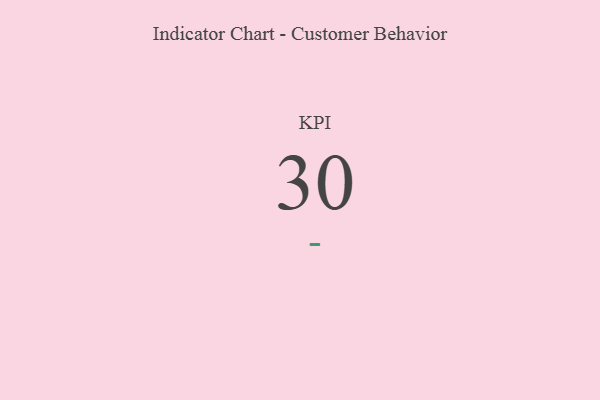
{"axis": {"x": "KPI", "y": "Value"}, "legend": [""], "data": [{"x": "KPI", "y": 30, "type": ""}]}